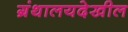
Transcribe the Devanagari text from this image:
ग्रंथालयदेखील